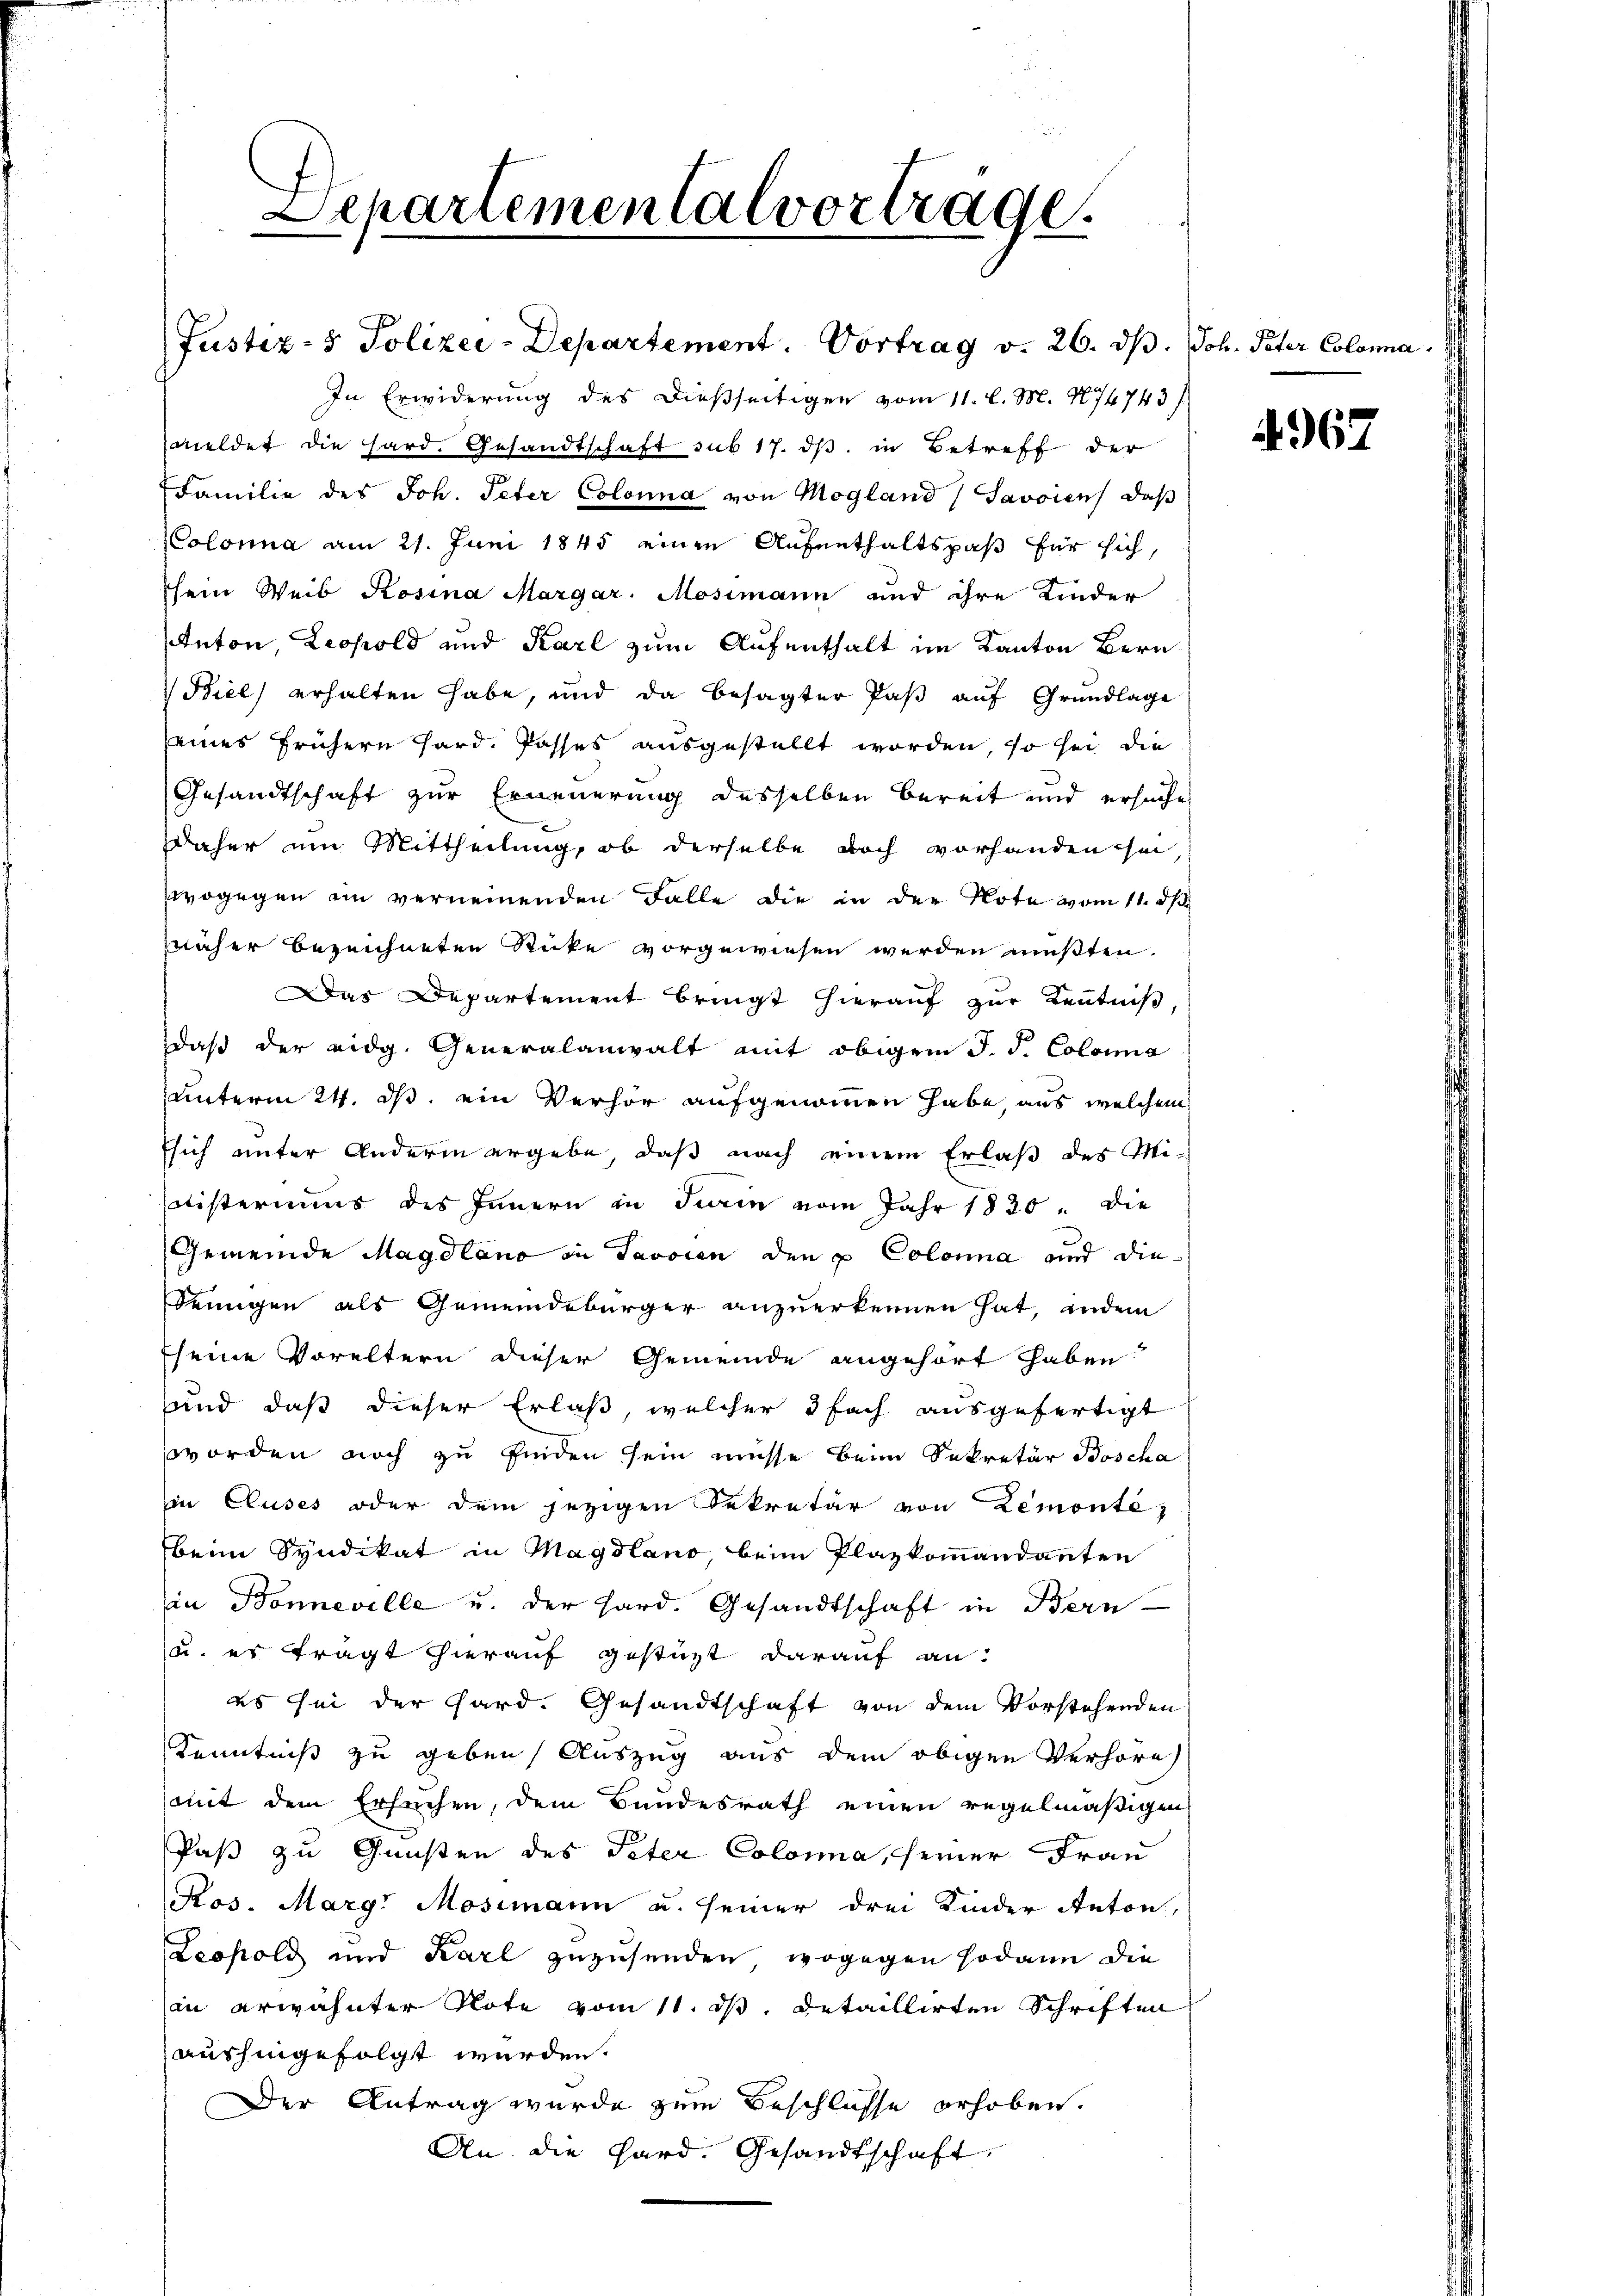
Departementalvorträge.

Justiz- & Polizei-Departement. Vortrag v. 26. ds. Joh. Peter Colona
In Erwiderung des dießseitigen vom 11. l. M. 1874743/
meldet die hard. Gesandtschaft sub 17. ds. in Betreff der
Familie des Joh. Peter Colona von Mogland) Savoien) daß
(Colonna am 21. Juni 1845 einen Aufenthaltspaß für sich,
sein Weib Rosina Margar. Mosimann und ihre Kinder
Anton, Leopold und Karl zum Aufenthalt im Kanton Bern
Biel) erhalten habe, und da besagter Paβ aŭf Grundlage
seines frühern hard. Posses ausgestellt worden, so sei die
Gesandtschaft zur Erneuerung desselben bereit und ersuche
Daher um Mittheilung, ob derselbe doch vorhanden sei
wogegen am verneinenden Falle die in der Note vom 11. ds.
näher bezeichneten Sticke vorgewiesen werden mußten.
Das Departement bringt hierauf zur Kenntniß,
daß der eidg. Generalanwalt mit obigem J. J. Colonia
unterm 24. ds. ein Verhör aufgenommen habe, aus welchem
sich unter Anderen ergebe, daß nach einem Erlaß des Miatisteriums des Innern in Turin vom Jahr 1830. die
Gemeinde Magdlano in Tavoren den u Colona und die
Seingen als Gemeindebürger anzuerkennen hat, indem
(seine Voreltern dieser Gemeinde angehört haben
und daß dieser Erlaß, welcher 3 fach ausgefertigt
worden noch zu finden sein müsse beim Sekretär Boscha
in Cluses oder dem jezigen Sekretär von Lemonte
beim Syndikat in Magdlano, beim Plazkommandanten
in Bonneville u. der Hard. Gesandtschaft in Bern
u. es frägt hierauf gestüzt darauf an:
es sei der Gard. Gesandtschaft von dem Vorstehenden
Kenntniß zu geben, Auszug aus dem obigen Verhöre
mit dem Ersuchen, dem Bundesrath einen regelmäßigen
Paß zu Gunsten des Peter Colonia, seiner Frau
Pos. Marg. Mosimann u. seiner drei Kinder Anton,
Leopold und Karl zuzusenden, wogegen sodann die
an erwähnter Note vom 11. ds. detaillirten Schriften
aushingefolgt werden.
Der Antrag wurde zum Beschlusse erhoben.
An die Hard. Gesandtschaft

4967